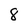
Character: 8